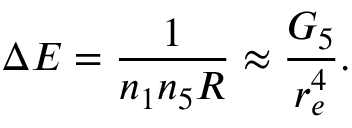
\Delta E = \frac { 1 } { n _ { 1 } n _ { 5 } R } \approx \frac { G _ { 5 } } { r _ { e } ^ { 4 } } .